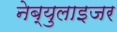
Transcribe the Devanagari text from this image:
नेब्युलाइजर